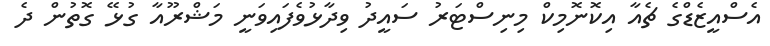
އެސްއީޒެޑްގެ ޗެއާ އިކޮނޮމިކް މިނިސްޓަރު ސައީދު ވިދާޅުވެފައިވަނީ މަޝްރޫއާ ގުޅޭ ގޮތުން ދެ